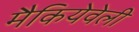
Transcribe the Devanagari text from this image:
मैकियेवेली